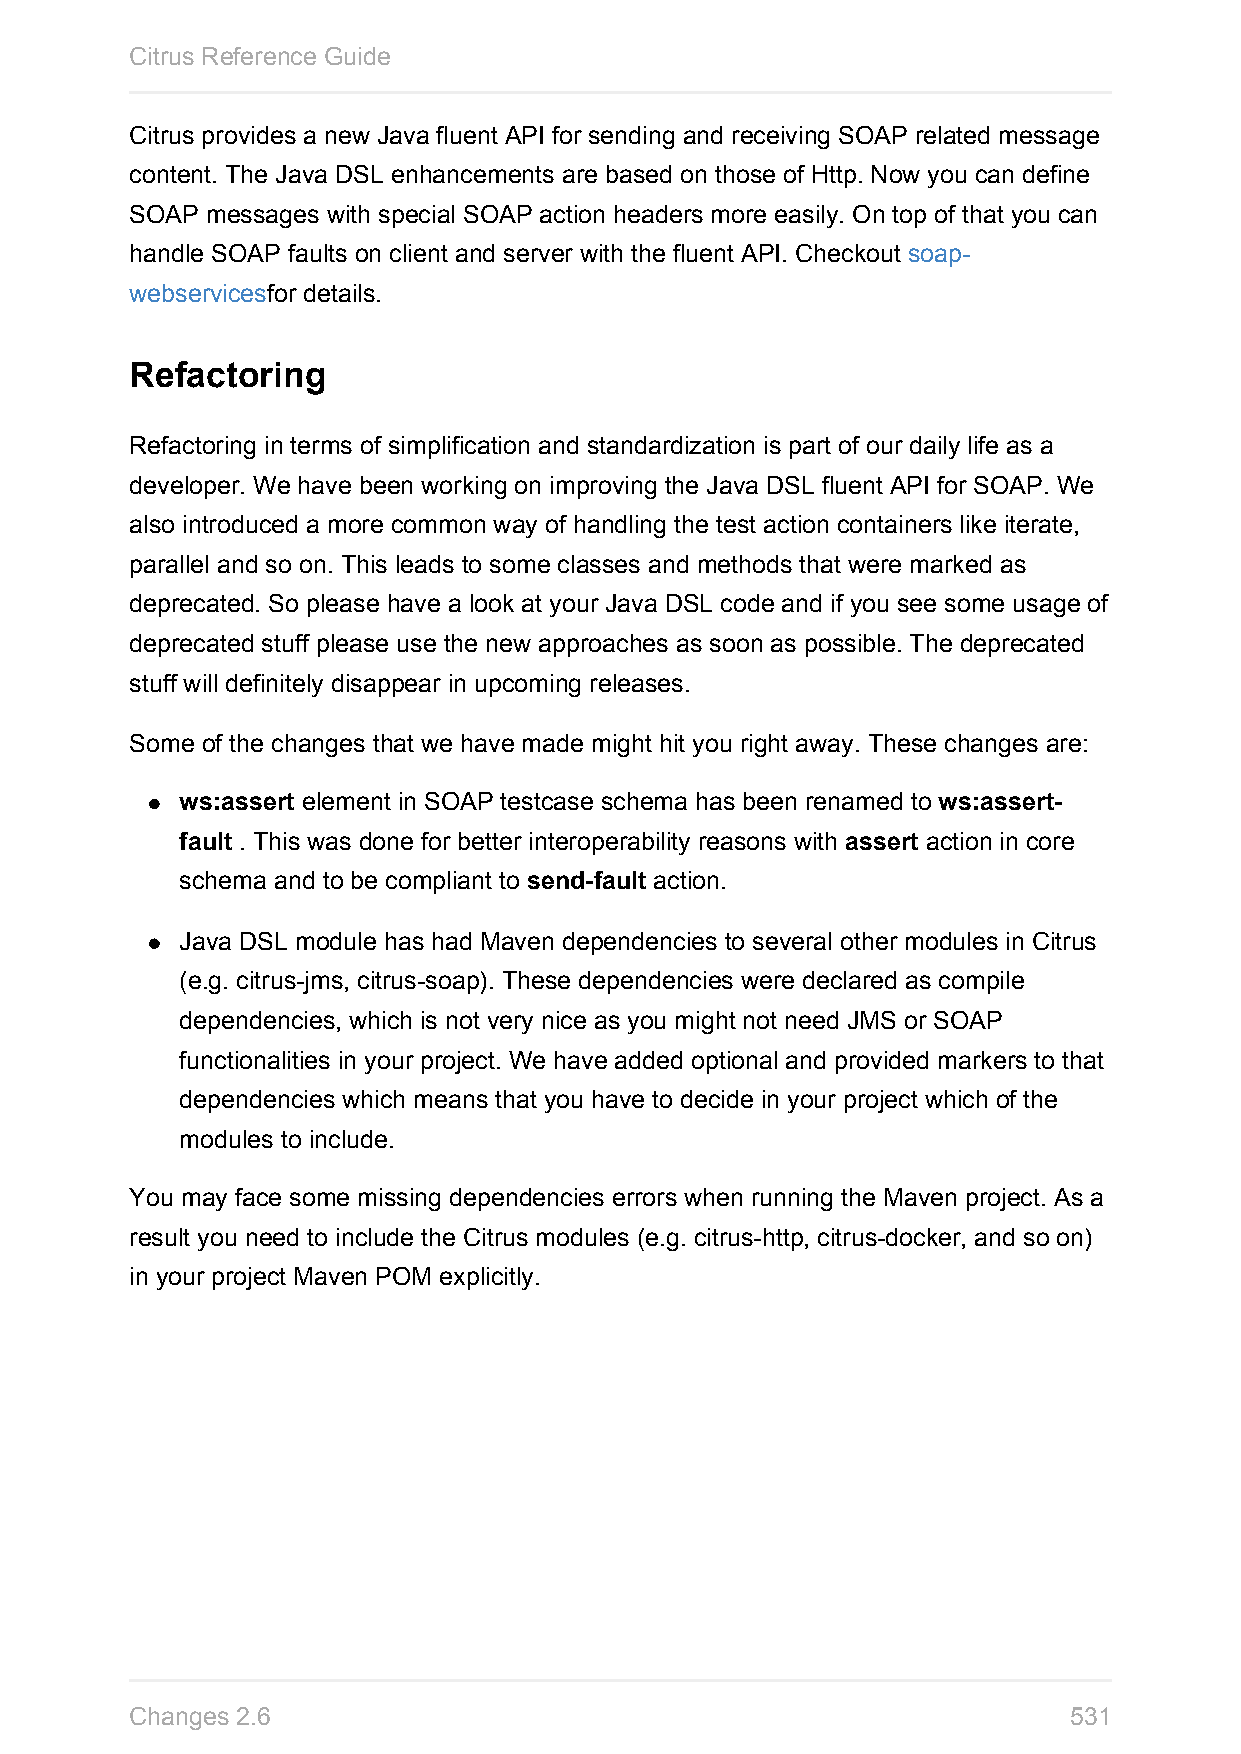
Citrus Reference Guide
 Citrus provides a new Java fluent API for sending and receiving SOAP related message
 content. The Java DSL enhancements are based on those of Http. Now you can define
 SOAP messages with special SOAP action headers more easily. On top of that you can
 handle SOAP faults on client and server with the fluent API. Checkout soap-
 webservicesfor details.
 Refactoring
 Refactoring in terms of simplification and standardization is part of our daily life as a
 developer. We have been working on improving the Java DSL fluent API for SOAP. We
 also introduced a more common way of handling the test action containers like iterate,
 parallel and so on. This leads to some classes and methods that were marked as
 deprecated. So please have a look at your Java DSL code and if you see some usage of
 deprecated stuff please use the new approaches as soon as possible. The deprecated
 stuff will definitely disappear in upcoming releases.
 Some of the changes that we have made might hit you right away. These changes are:
 ws:assert element in SOAP testcase schema has been renamed to ws:assert-
 fault . This was done for better interoperability reasons with assert action in core
 schema and to be compliant to send-fault action.
 Java DSL module has had Maven dependencies to several other modules in Citrus
 (e.g. citrus-jms, citrus-soap). These dependencies were declared as compile
 dependencies, which is not very nice as you might not need JMS or SOAP
 functionalities in your project. We have added optional and provided markers to that
 dependencies which means that you have to decide in your project which of the
 modules to include.
 You may face some missing dependencies errors when running the Maven project. As a
 result you need to include the Citrus modules (e.g. citrus-http, citrus-docker, and so on)
 in your project Maven POM explicitly.
 Changes 2.6                                                   531